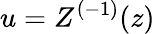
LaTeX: u=Z^{(-1)}(z)